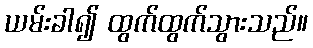
ယမ်းခါ၍ ထွက်ထွက်သွားသည်။